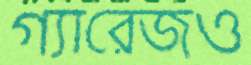
গ্যারেজও